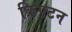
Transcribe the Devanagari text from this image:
क्रिफ्टन